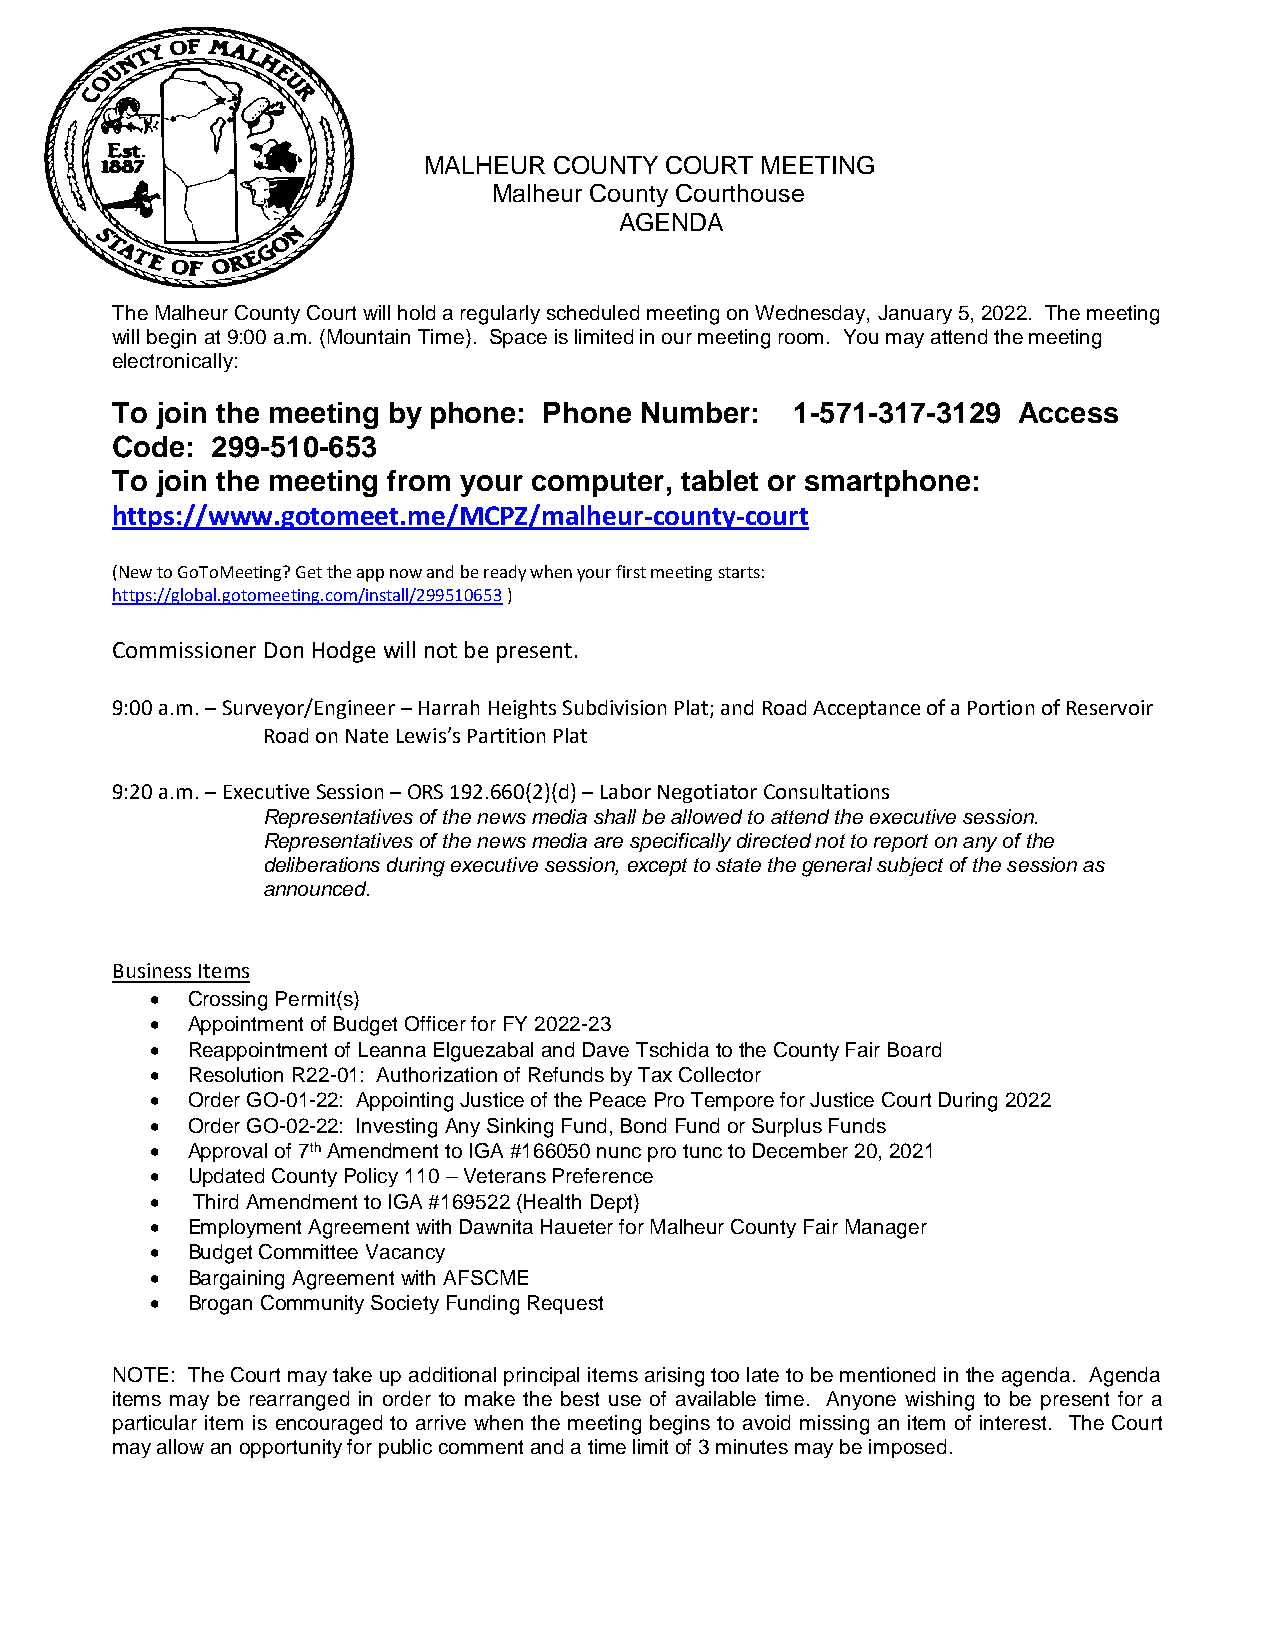
MALHEUR  COUNTY COURT MEETING
 Malheur County Courthouse
 AGENDA
 The Malheur County Court will hold a regularly scheduled meeting on Wednesday, January 5, 2022. The meeting
 will begin at 9:00 a.m. (Mountain Time). Space is limited in our meeting room. You may attend the meeting
 electronically:
 To join the meeting by phone: Phone Number:   1-571-317-3129 Access
 Code:  299-510-653
 To join the meeting from your computer, tablet or smartphone:
 https://www.gotomeet.me/MCPZ/malheur-county-court
 (New to GoToMeeting? Get the app now and be ready when your first meeting starts:
 https://global.gotomeeting.com/install/299510653 )
 Commissioner Don Hodge will not be present.
 9:00 a.m. – Surveyor/Engineer – Harrah Heights Subdivision Plat; and Road Acceptance of a Portion of Reservoir
 Road on Nate Lewis’s Partition Plat
 9:20 a.m. – Executive Session – ORS 192.660(2)(d) – Labor Negotiator Consultations
 Representatives of the news media shall be allowed to attend the executive session.
 Representatives of the news media are specifically directed not to report on any of the
 deliberations during executive session, except to state the general subject of the session as
 announced.
 Business Items
 • Crossing Permit(s)
 • Appointment of Budget Officer for FY 2022-23
 • Reappointment of Leanna Elguezabal and Dave Tschida to the County Fair Board
 • Resolution R22-01: Authorization of Refunds by Tax Collector
 • Order GO-01-22: Appointing Justice of the Peace Pro Tempore for Justice Court During 2022
 • Order GO-02-22: Investing Any Sinking Fund, Bond Fund or Surplus Funds
 • Approval of 7th Amendment to IGA #166050 nunc pro tunc to December 20, 2021
 • Updated County Policy 110 – Veterans Preference
 •  Third Amendment to IGA #169522 (Health Dept)
 • Employment Agreement with Dawnita Haueter for Malheur County Fair Manager
 • Budget Committee Vacancy
 • Bargaining Agreement with AFSCME
 • Brogan Community Society Funding Request
 NOTE: The Court may take up additional principal items arising too late to be mentioned in the agenda. Agenda
 items may be rearranged in order to make the best use of available time. Anyone wishing to be present for a
 particular item is encouraged to arrive when the meeting begins to avoid missing an item of interest. The Court
 may allow an opportunity for public comment and a time limit of 3 minutes may be imposed.